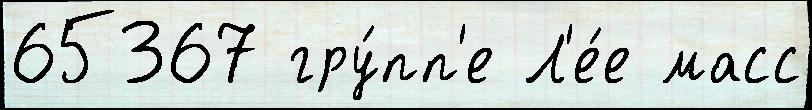
65367 гру́пп'е Л'е́е масс